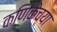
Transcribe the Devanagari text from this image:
कणिकेच्या